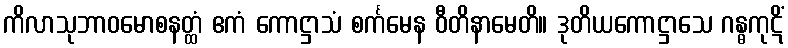
ကိလာသုဘာဝမောစနတ္ထံ ဧကံ ကောဋ္ဌာသံ စင်္ကမေန ဝီတိနာမေတိ။ ဒုတိယကောဋ္ဌာသေ ဂန္ဓကုဋိံ